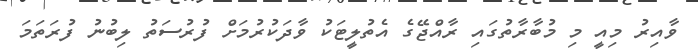
ވާއިރު މިއީ މި މުބާރާތުގައި ރާއްޖޭގެ އެތުލީޓަކު ވާދަކުރުމަށް ފުރުސަތު ލިބުނު ފުރަތަމަ